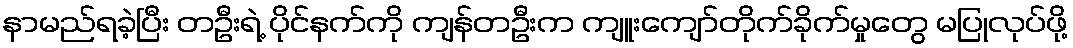
နာမည်ရခဲ့ပြီး တဦးရဲ့ ပိုင်နက်ကို ကျန်တဦးက ကျူးကျော်တိုက်ခိုက်မှုတွေ မပြုလုပ်ဖို့